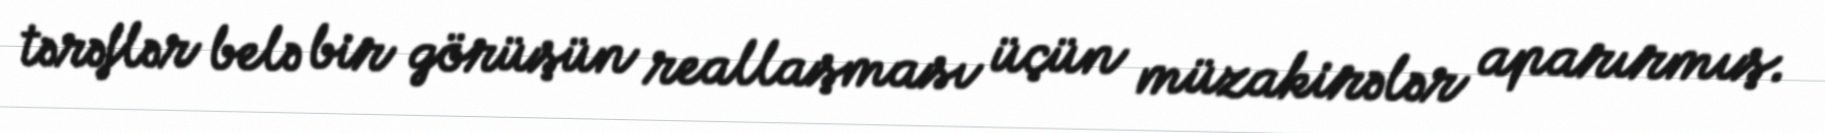
tərəflər belə bir görüşün reallaşması üçün müzakirələr aparırmış.